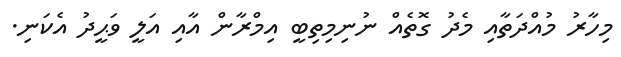
މިހާރު މުއްދަތާއި މެދު ގޮތެއް ނުނިމިތިބީ އިމްރާން އާއި އަލީ ވަޙީދު އެކަނި.